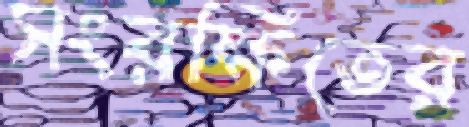
সংরক্ষিতের